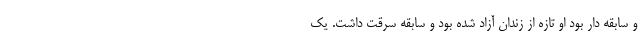
و سابقه دار بود او تازه از زندان آزاد شده بود و سابقه سرقت داشت. یک